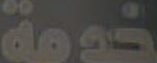
خدمة